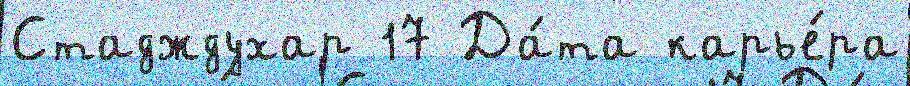
Стадждухар 17 Да́та карье́ра